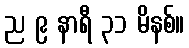
ည ၉ နာရီ ၃၁ မိနစ်။